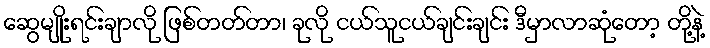
ဆွေမျိုးရင်းချာလို ဖြစ်တတ်တာ၊ ခုလို ငယ်သူငယ်ချင်းချင်း ဒီမှာလာဆုံတော့ တို့နဲ့